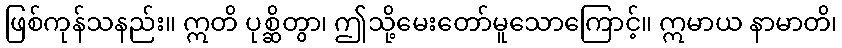
ဖြစ်ကုန်သနည်း။ ဣတိ ပုစ္ဆိတွာ၊ ဤသို့မေးတော်မူသောကြောင့်။ ဣမာယ နာမာတိ၊